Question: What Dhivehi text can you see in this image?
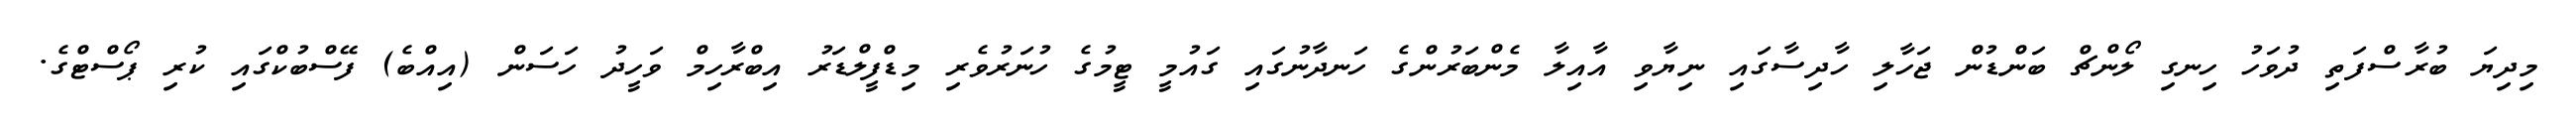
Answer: މިދިޔަ ބުރާސްފަތި ދުވަހު ހިނގި ލޯންޗް ބަންޑުން ޖަހާލި ހާދިސާގައި ނިޔާވި އާއިލާ މެންބަރުންގެ ހަނދާނުގައި ގައުމީ ޓީމުގެ ހުނަރުވެރި މިޑްފީލްޑަރު އިބްރާހިމް ވަހީދު ހަސަން (އިއްބެ) ފޭސްބުކްގައި ކުރި ޕޯސްޓްގެ.